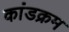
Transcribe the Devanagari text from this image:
कांडक्रम